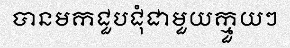
បានមកជួបជុំជាមួយក្មួយៗ